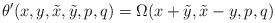
LaTeX: \begin{align*}\theta ' (x, y, \tilde x, \tilde y, p, q) = \Omega (x + \tilde y, \tilde x - y, p, q)\end{align*}